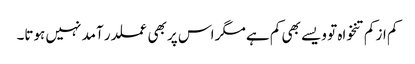
کم از کم تنخواہ تو ویسے بھی کم ہے مگر اس پر بھی عملدر آمد نہیں ہوتا۔